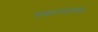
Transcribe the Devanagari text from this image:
सम्राटपदापर्यंत